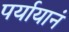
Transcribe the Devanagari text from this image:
पर्यायानं